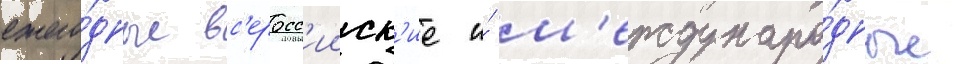
ежего́дные вс'еросс'ииск'ие и́ м'еждунаро́дные